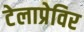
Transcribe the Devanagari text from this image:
टेलाप्रेविर